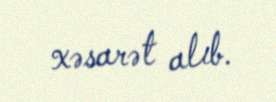
xəsarət alıb.